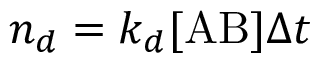
n _ { d } = k _ { d } [ \mathrm { A B } ] \Delta t